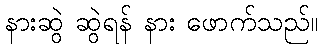
နားဆွဲ ဆွဲရန် နား ဖောက်သည်။